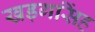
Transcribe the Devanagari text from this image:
खड़गसिंह